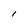
Character: I